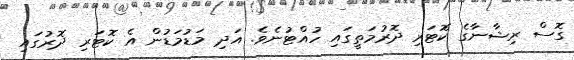
ގޮސް ރިޝާނާގެ ކޮޓަރި ދޮރުމަތީގައި ހުއްޓުނެވެ. އަދި މަޑުމަޑުން އެ ކޮޓަރި ދޮރުގައި